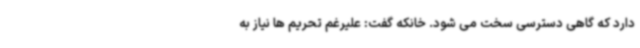
دارد که گاهی دسترسی سخت می شود. خانکه گفت: علیرغم تحریم ها نیاز به